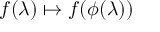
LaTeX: f ( \lambda ) \mapsto f ( \phi ( \lambda ) )